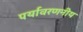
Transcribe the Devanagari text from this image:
पर्यावरणनीय